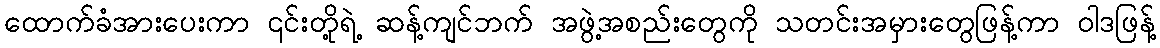
ထောက်ခံအားပေးကာ ၎င်းတို့ရဲ့ ဆန့်ကျင်ဘက် အဖွဲ့အစည်းတွေကို သတင်းအမှားတွေဖြန့်ကာ ဝါဒဖြန့်